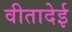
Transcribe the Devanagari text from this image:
वीतादेई